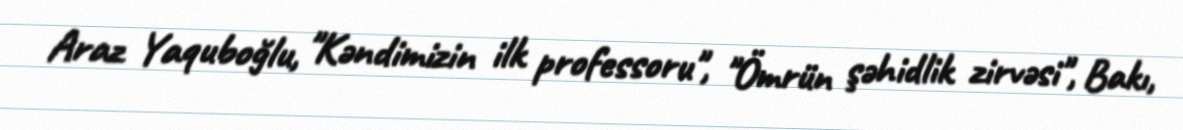
Araz Yaquboğlu, "Kəndimizin ilk professoru", "Ömrün şəhidlik zirvəsi", Bakı,